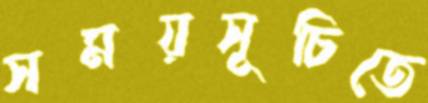
সময়সূচিতে